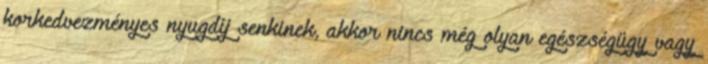
korkedvezményes nyugdíj senkinek, akkor nincs még olyan egészségügy vagy